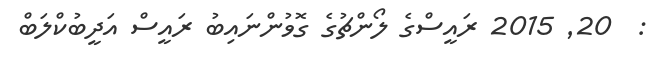
:  20